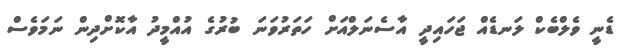
ޑެނީ ވެލްބެކް ލަނޑެއް ޖަހައިދީ އާސެނަލްއަށް ހަތަރުވަނަ ބުރުގެ އުއްމީދު އާކޮށްދިން ނަމަވެސް